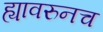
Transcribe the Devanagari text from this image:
ह्यावरुनच